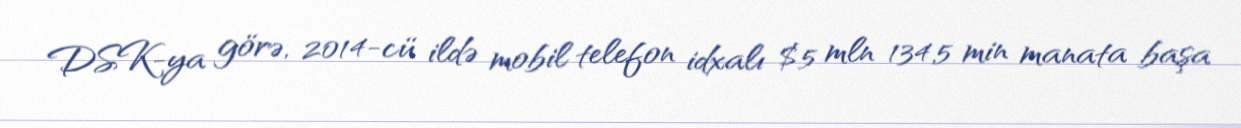
DSK-ya görə, 2014-cü ildə mobil telefon idxalı $5 mln 134,5 min manata başa